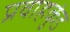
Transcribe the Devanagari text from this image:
प्रवाहकुंड